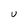
Character: v